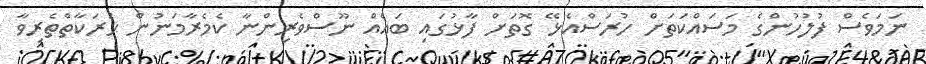
ނަމަވެސް ފުލުހުންގެ މަސައްކަތަށް ހުރަސްއެޅޭ ގޮތަށް ފާޅުގައި ބައެއް ނޫސްވެރިންނާ ކެމެރާމަނުން ޙަރަކާތްތެރިވާ